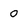
Character: 0